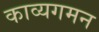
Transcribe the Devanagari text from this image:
काव्यगमन